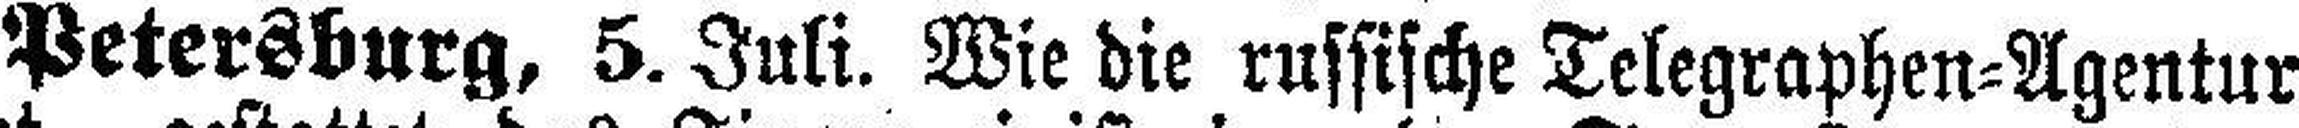
Petersburg, 5. Juli. Wie die russische Telegraphen=Agentur